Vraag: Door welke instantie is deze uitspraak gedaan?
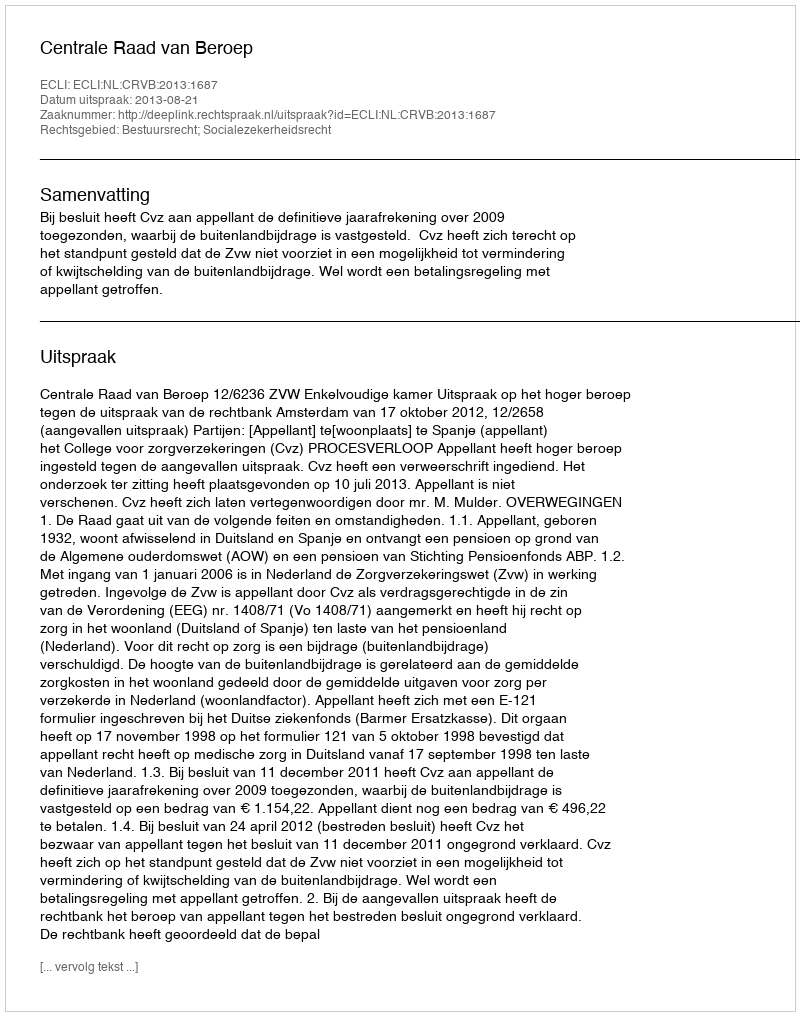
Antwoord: Centrale Raad van Beroep